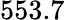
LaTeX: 553.7